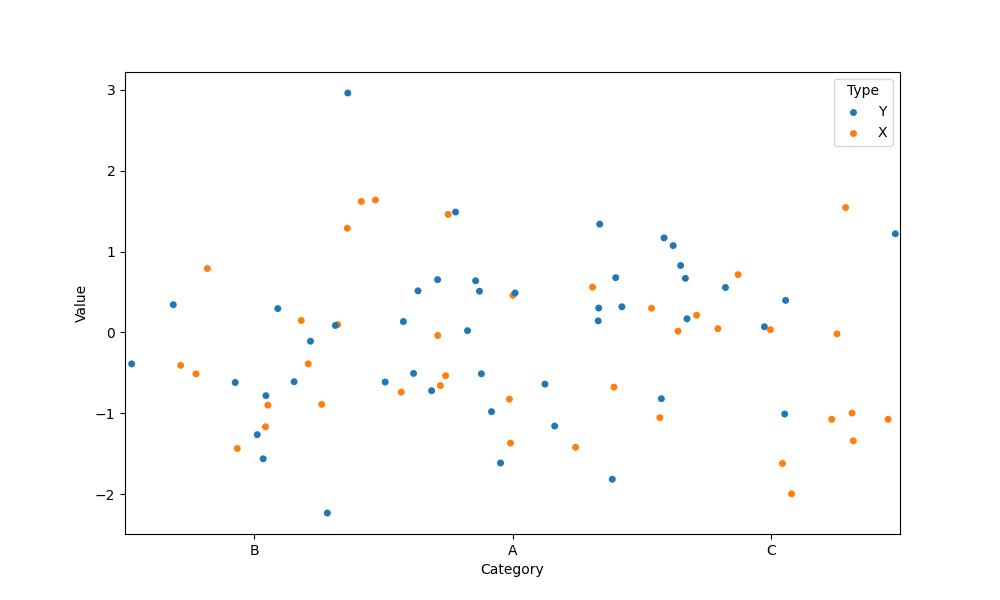
python, seaborn, stripplot, jitter=True, dodge=False, alpha=1.0, size=5